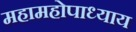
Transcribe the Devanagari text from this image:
महामहोपाध्‍याय